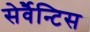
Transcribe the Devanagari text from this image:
सेर्वैन्टिस